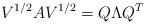
\begin{align*}V^{1/2}AV^{1/2} = Q \Lambda Q^T\end{align*}